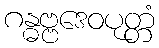
ဂန္ဓဗ္ဗဒေဝပုတ္တံ